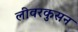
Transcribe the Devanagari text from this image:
लीवरकुसन